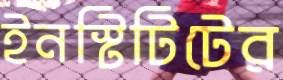
ইনস্টিটিটের